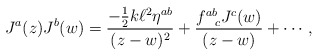
\begin{align*}J^{a}(z)J^{b}(w) = \frac{-\frac{1}{2}k \ell ^{2} \eta ^{ab}}{(z-w)^{2}} +\frac{f^{ab}_{~~c}J^{c}(w)}{(z-w)} + \cdots,\end{align*}